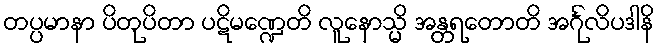
တပ္ပမာနာ ပိတုပိတာ ပဋိမဏ္ဍေတိ လူနောသ္မိ အန္တရတောတိ အင်္ဂုလိပဒါနိ